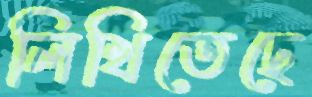
লিখিতেছে